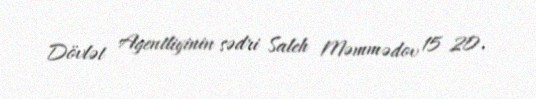
Dövlət Agentliyinin sədri Saleh Məmmədov 15 20.